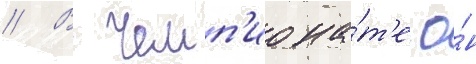
// В чемп'иона́т'е о́н